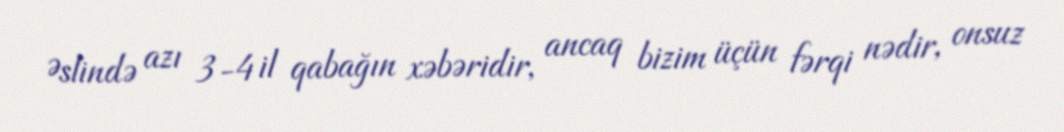
Əslində azı 3-4 il qabağın xəbəridir, ancaq bizim üçün fərqi nədir, onsuz